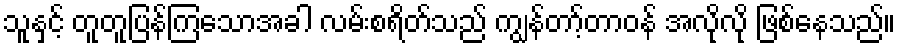
သူနှင့် တူတူပြန်ကြသောအခါ လမ်းစရိတ်သည် ကျွန်တာ့်တာဝန် အလိုလို ဖြစ်နေသည်။